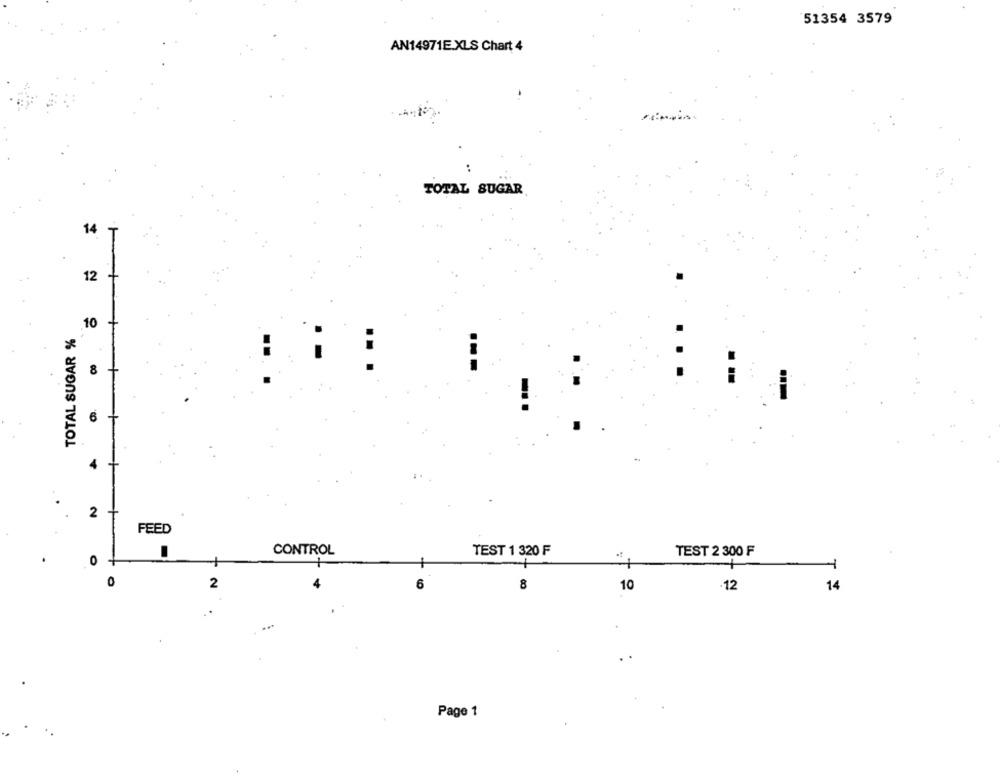
51354 3579
AN14971E.XLS Chart 4
..
TOTAL SUGAR
14
12
10
TOTAL SUGAR %
8
6
2
FEED
CONTROL
TEST 1 320 F
TEST 2 300 F
0
+
O
2
6
8
10
12
14
..
Page 1